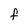
Character: f